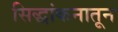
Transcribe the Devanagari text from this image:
सिद्धांकनातून